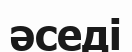
әседі